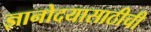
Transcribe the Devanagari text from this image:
ज्ञानोदयासाठीची